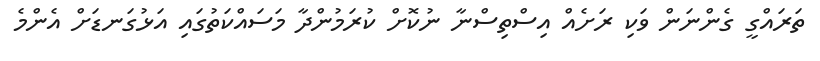
ތަރައްގީ ގެންނަން ވަކި ރަށެއް އިސްތިސްނާ ނުކޮށް ކުރަމުންދާ މަސައްކަތުގައި އަޅުގަނޑަށް އެންމެ